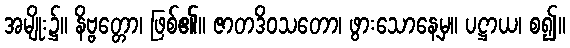
အမျိုး၌။ နိဗ္ဗတ္တော၊ ဖြစ်၏။ ဇာတဒိဝသတော၊ ဖွားသောနေ့မှ။ ပဋ္ဌာယ၊ စ၍။